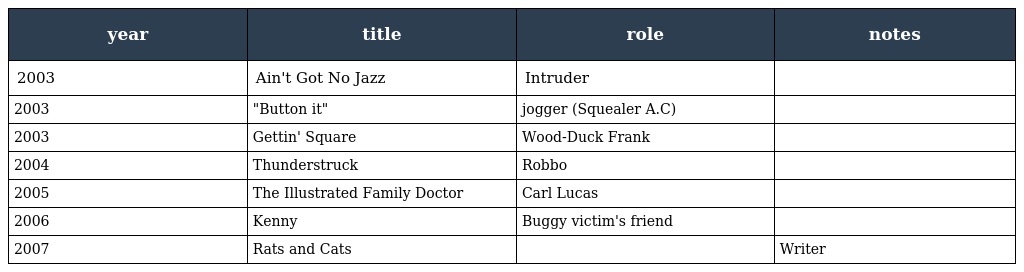
| year | title | role | notes |
 | --- | --- | --- | --- |
 | 2003 | Ain't Got No Jazz | Intruder |  |
 | 2003 | "Button it" | jogger (Squealer A.C) |  |
 | 2003 | Gettin' Square | Wood-Duck Frank |  |
 | 2004 | Thunderstruck | Robbo |  |
 | 2005 | The Illustrated Family Doctor | Carl Lucas |  |
 | 2006 | Kenny | Buggy victim's friend |  |
 | 2007 | Rats and Cats |  | Writer |